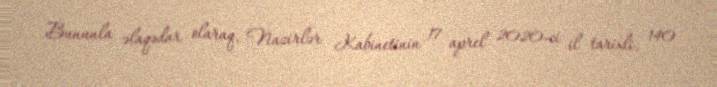
Bununla əlaqədar olaraq, Nazirlər Kabinetinin 17 aprel 2020-ci il tarixli, 140